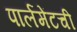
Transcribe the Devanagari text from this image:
पार्लमेंटची